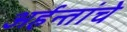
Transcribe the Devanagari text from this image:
अर्हन्तांचे